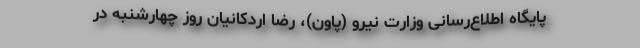
پایگاه اطلاع‌رسانی وزارت نیرو (پاون)، رضا اردکانیان روز چهارشنبه در